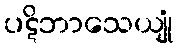
ပဋိဘာသေယျုံ